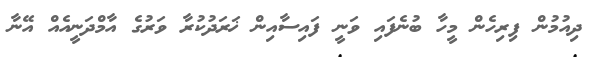
ދިއުމުން ފިރިހެން މީހާ ބުނެފައި ވަނީ ފައިސާއިން ޚަރަދުކުރާ ވަރުގެ އާމްދަނީއެއް އޭނާ